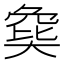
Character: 𡙟